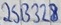
Text: 2SB328